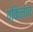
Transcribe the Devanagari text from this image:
वकिलात